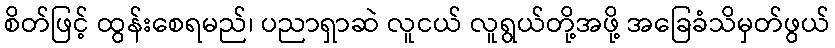
စိတ်ဖြင့် ထွန်းစေရမည်၊ ပညာရှာဆဲ လူငယ် လူရွယ်တို့အဖို့ အခြေခံသိမှတ်ဖွယ်